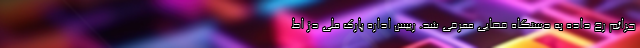
جرائم رخ داده به دستگاه قضایی معرفی شد. رییس اداره پارک ملی دز اظ